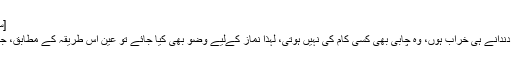
[سنن أبي داؤد، کتاب الطہارۃ، باب فرض الوضوء، (61)]
یعنی وضو کے بغیر نماز نہیں ہوتی اور جس چابی کے دندانے ہی خراب ہوں، وہ چابی بھی کسی کام کی نہیں ہوتی، لہٰذا نماز کےلیے وضو بھی کیا جائے تو عین اس طریقہ کے مطابق، جس طریقہ سے وضو کرنے کا شریعت نے حکم دیا ہے۔